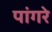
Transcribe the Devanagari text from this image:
पांगरे